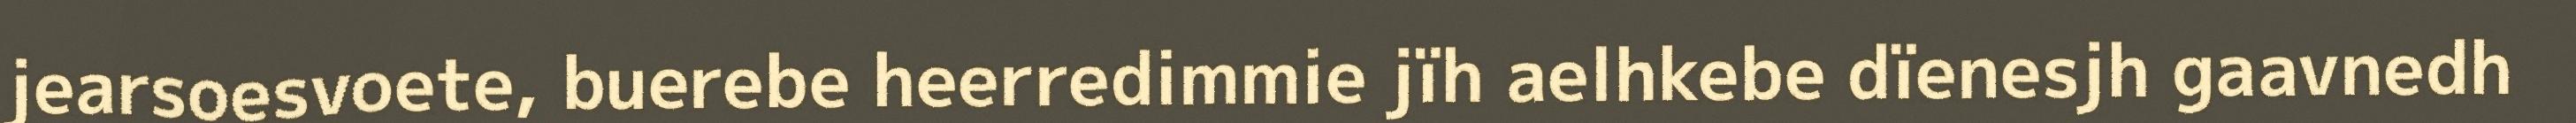
jearsoesvoete, buerebe heerredimmie jïh aelhkebe dïenesjh gaavnedh